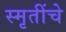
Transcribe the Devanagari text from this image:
स्मृतींचे